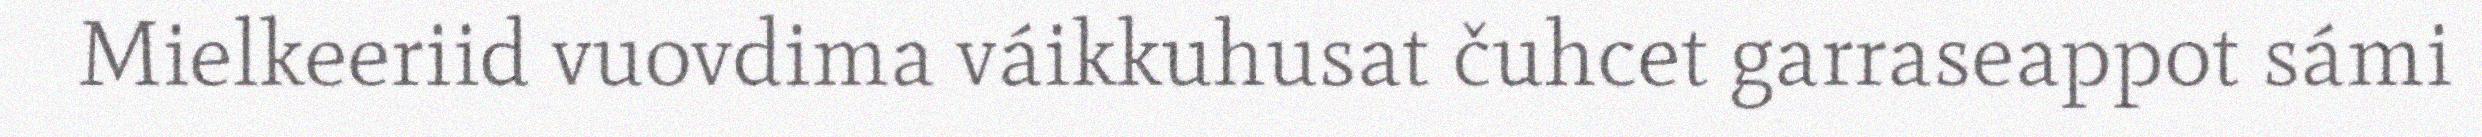
Mielkeeriid vuovdima váikkuhusat čuhcet garraseappot sámi